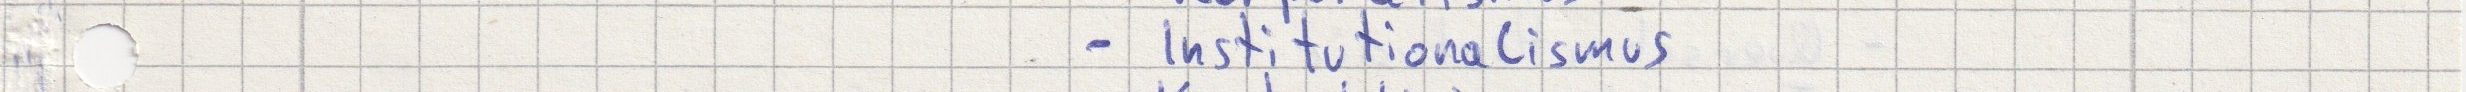
- Institutionalismus